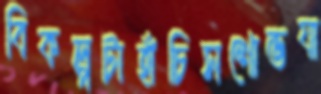
বিকল্পটাহাঁচিসশোভযা